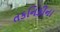
તકનિકીના